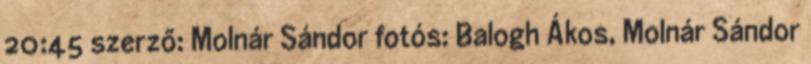
20:45 szerző: Molnár Sándor fotós: Balogh Ákos, Molnár Sándor